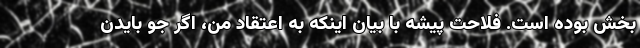
بخش بوده است. فلاحت پیشه با بیان اینکه به اعتقاد من، اگر جو بایدن